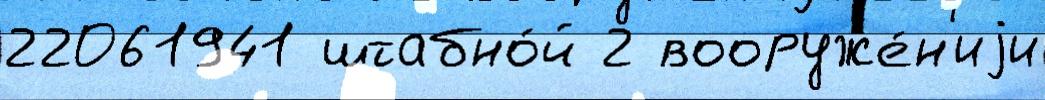
22061941 штабно́й 2 вооруже́н'иjи